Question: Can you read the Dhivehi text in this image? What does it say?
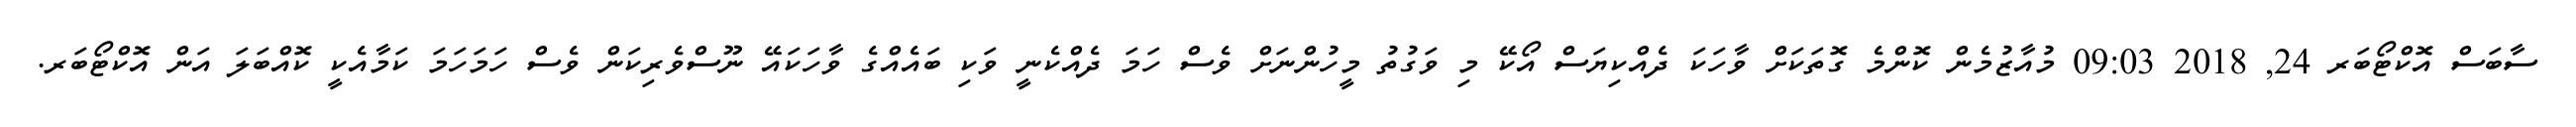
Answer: ސާބަސް އޮކްޓޯބަރ 24, 2018 09:03 މުއާޒުމެން ކޮންމެ ގޮތަކަށް ވާހަކަ ދެއްކިޔަސް އޯކޭ މި ވަގުތު މީހުންނަށް ވެސް ހަމަ ދެއްކެނީ ވަކި ބައެއްގެ ވާހަކައޭ ނޫސްވެރިކަން ވެސް ހަމަހަމަ ކަމާއެކީ ކޮއްބަލަ އަން އޮކްޓޯބަރ.